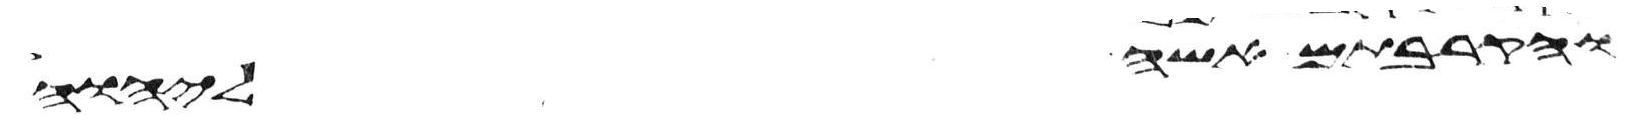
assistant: והקרבתם אשה ליהוה